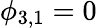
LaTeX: \phi_{3,1}=0